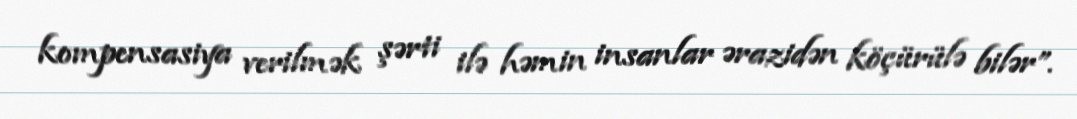
kompensasiya verilmək şərti ilə həmin insanlar ərazidən köçürülə bilər”.